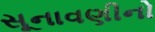
સૂનાવણીનો